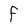
Character: F